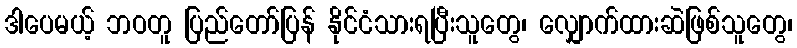
ဒါပေမယ့် ဘဝတူ ပြည်တော်ပြန် နိုင်ငံသားရပြီးသူတွေ၊ လျှောက်ထားဆဲဖြစ်သူတွေ၊